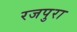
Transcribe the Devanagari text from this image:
रजपुरा